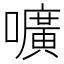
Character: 嚝